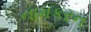
નામકરન